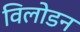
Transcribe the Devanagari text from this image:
विलोडन